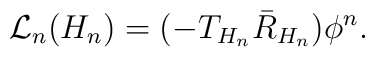
{\cal L}_{n}(H_n)=(-T_{H_n}\bar{R}_{H_n})\phi ^n .